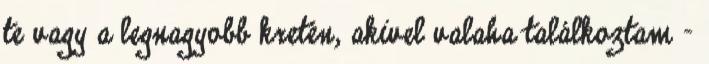
te vagy a legnagyobb kretén, akivel valaha találkoztam –